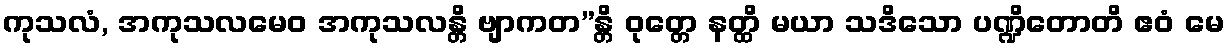
ကုသလံ, အကုသလမေဝ အကုသလန္တိ ဗျာကတ”န္တိ ဝုတ္တေ နတ္ထိ မယာ သဒိသော ပဏ္ဍိတောတိ ဧဝံ မေ